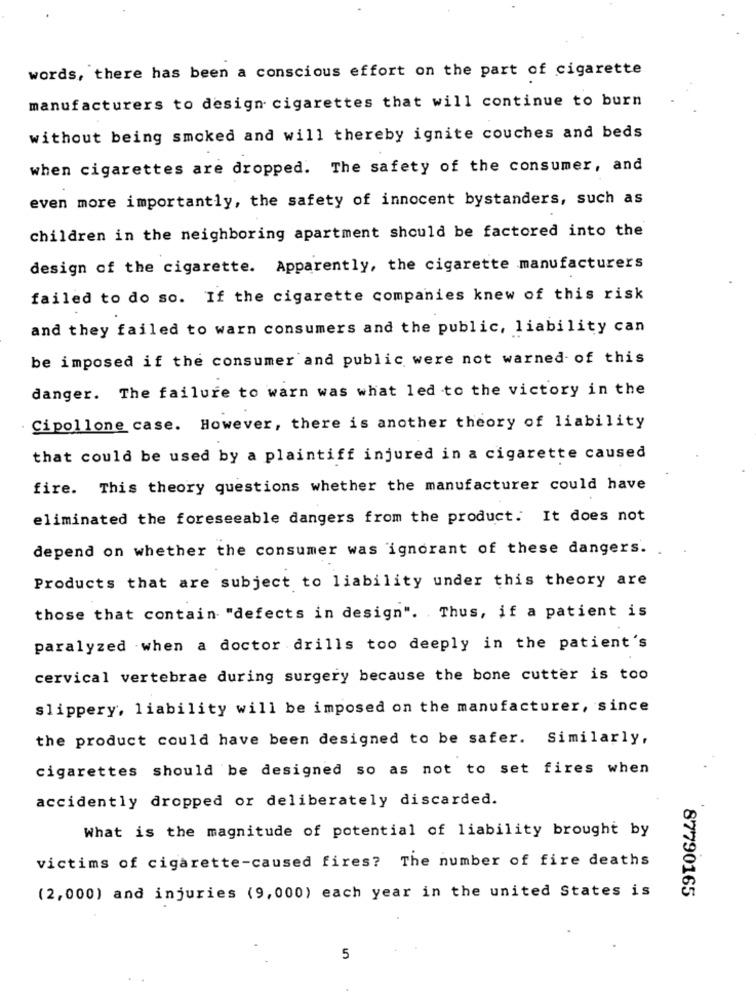
words, there has been a conscious effort on the part of cigarette
manufacturers to design cigarettes that will continue to burn
without being smoked and will thereby ignite couches and beds
when cigarettes are dropped. The safety of the consumer, and
even more importantly, the safety of innocent bystanders, such as
children in the neighboring apartment should be factored into the
design of the cigarette. Apparently, the cigarette manufacturers
failed to do so. If the cigarette companies knew of this risk
and they failed to warn consumers and the public, liability can
be imposed if the consumer and public were not warned of this
danger. The failure to warn was what led to the victory in the
Cipollone case. However, there is another theory of liability
that could be used by a plaintiff injured in a cigarette caused
fire. This theory questions whether the manufacturer could have
eliminated the foreseeable dangers from the product. It does not
depend on whether the consumer was ignorant of these dangers.
Products that are subject to liability under this theory are
those that contain "defects in design". Thus, if a patient is
paralyzed when a doctor drills too deeply in the patient's
cervical vertebrae during surgery because the bone cutter is too
slippery, liability will be imposed on the manufacturer, since
the product could have been designed to be safer. Similarly,
cigarettes should be designed so as not to set fires when
accidently dropped or deliberately discarded.
What is the magnitude of potential of liability brought by
victims of cigarette-caused fires? The number of fire deaths
(2,000) and injuries (9,000) each year in the united States is
87790165
5